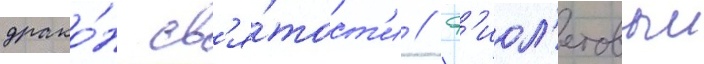
драко́н св'я́тост'и // Ф'иол'етовыи